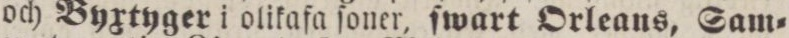
och Byxtyger i olikafa ſoner, ſwart Orleans, Sam=